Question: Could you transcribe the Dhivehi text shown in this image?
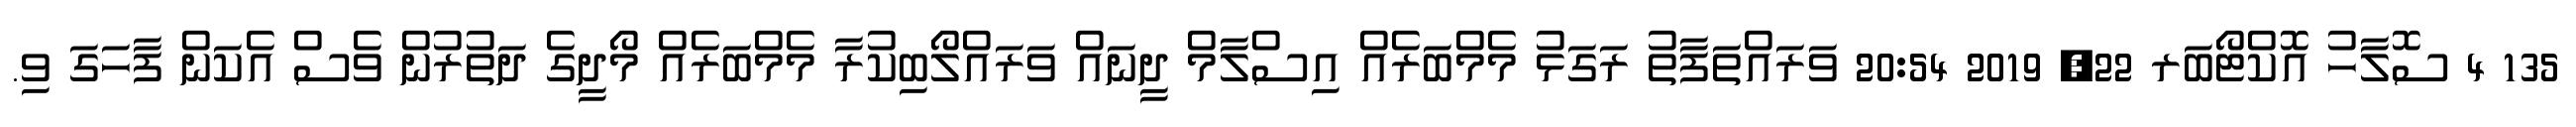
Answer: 135 4 ސޮލާހު އޮކްޓޯބަރ 22, 2019 20:54 ވަރައްތަފާތު ރަގަޅު މެމްބަރެއް އިސްލާމް ދީނައް ވަރައްލޯބިކުރާ މެމްބަރެއް މޯދީގެ ދަތުރުން ވެސް އެކަން ފާހަގަ ވި.